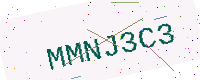
Text: MMNJ3C3